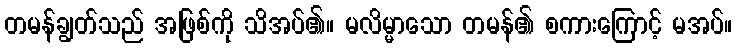
တမန်ချွတ်သည် အဖြစ်ကို သိအပ်၏။ မလိမ္မာသော တမန်၏ စကားကြောင့် မအပ်။